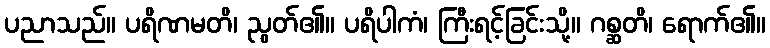
ပညာသည်။ ပရိဏမတိ၊ ညွတ်၏။ ပရိပါကံ၊ ကြီးရင့်ခြင်းသို့။ ဂစ္ဆတိ၊ ရောက်၏။